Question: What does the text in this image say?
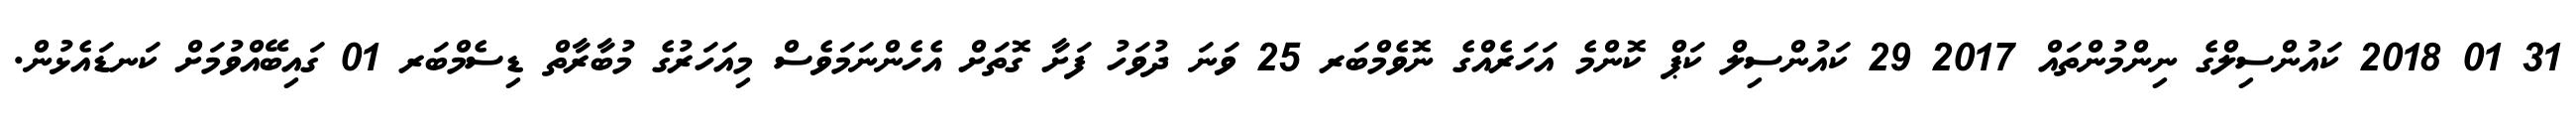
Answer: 31 01 2018 ކައުންސިލްގެ ނިންމުންތައް 2017 29 ކައުންސިލް ކަޕް ކޮންމެ އަހަރެއްގެ ނޮވެމްބަރ 25 ވަނަ ދުވަހު ފަށާ ގޮތަށް އެހެންނަމަވެސް މިއަހަރުގެ މުބާރާތް ޑިސެމްބަރ 01 ގައިބޭއްވުމަށް ކަނޑައެޅުން.